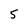
Character: 5